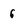
Character: 6